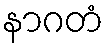
နာဂတံ